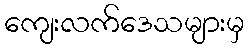
ကျေးလက်ဒေသများမှ